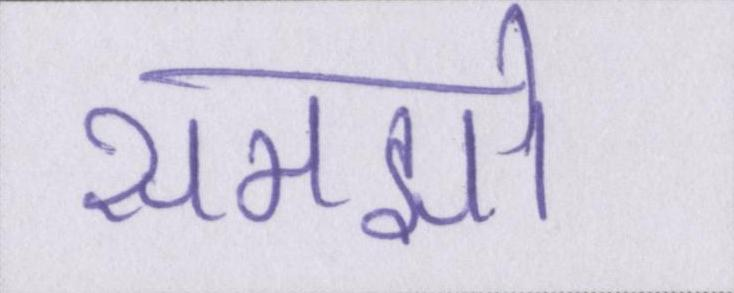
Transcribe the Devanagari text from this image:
समझो